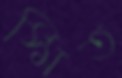
স্মিত